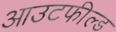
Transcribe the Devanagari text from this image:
आउटफील्‍ड